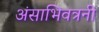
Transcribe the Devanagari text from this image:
अंसाभिवत्रनी